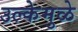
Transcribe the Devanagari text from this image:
उल्केमुळे